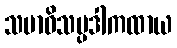
သမာဓိသမ္ပဒါကထာယ